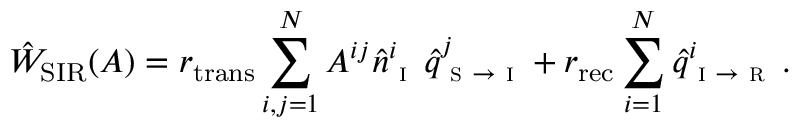
\hat { W } _ { \mathrm { S I R } } ( A ) = r _ { \mathrm { t r a n s } } \sum _ { i , j = 1 } ^ { N } A ^ { i j } \hat { n } _ { \textsc { i } } ^ { i } \, \hat { q } _ { \textsc { s } \to \textsc { i } } ^ { j } + r _ { \mathrm { r e c } } \sum _ { i = 1 } ^ { N } \hat { q } _ { \textsc { i } \to \textsc { r } } ^ { i } \, .